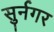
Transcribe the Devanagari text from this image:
सुर्नगर